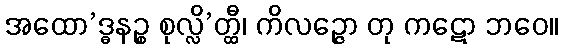
အထော’ဒ္ဓနဉ္စ စုလ္လိ’တ္ထီ၊ ကိလဉ္ဇော တု ကဋော ဘဝေ။